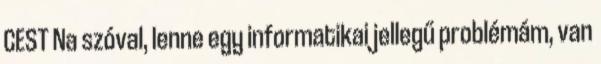
CEST Na szóval, lenne egy informatikai jellegű problémám, van